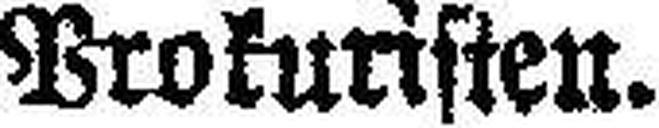
Vrokunsten.